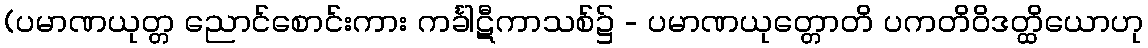
(ပမာဏယုတ္တ ညောင်စောင်းကား ကင်္ခါဋီကာသစ်၌ - ပမာဏယုတ္တောတိ ပကတိဝိဒတ္ထိယောဟု